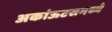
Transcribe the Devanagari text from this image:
अकांऊटसमध्ये